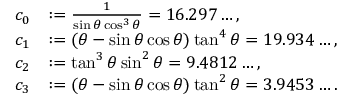
\begin{array} { r l } { c _ { 0 } } & { : = \frac { 1 } { \sin \theta \cos ^ { 3 } \theta } = 1 6 . 2 9 7 \ldots , } \\ { c _ { 1 } } & { : = ( \theta - \sin \theta \cos \theta ) \tan ^ { 4 } \theta = 1 9 . 9 3 4 \ldots , } \\ { c _ { 2 } } & { : = \tan ^ { 3 } \theta \sin ^ { 2 } \theta = 9 . 4 8 1 2 \ldots , } \\ { c _ { 3 } } & { : = ( \theta - \sin \theta \cos \theta ) \tan ^ { 2 } \theta = 3 . 9 4 5 3 \ldots . } \end{array}